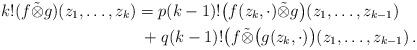
LaTeX: \begin{align*}k! (f\tilde{\otimes} g)(z_1,\dotsc,z_{k})&= p(k-1)!\bigl(f(z_k,\cdot)\tilde{\otimes} g\bigr)(z_1,\dotsc,z_{k-1})\\&\;+q(k-1)!\bigl(f\tilde{\otimes}\bigl(g(z_k,\cdot)\bigr)(z_1,\dotsc,z_{k-1})\,.\end{align*}